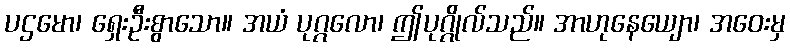
ပဌမော၊ ရှေးဦးစွာသော။ အယံ ပုဂ္ဂလော၊ ဤပုဂ္ဂိုလ်သည်။ အာဟုနေယျော၊ အဝေးမှ